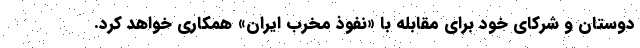
دوستان و شرکای خود برای مقابله با «نفوذ مخرب ایران» همکاری خواهد کرد.